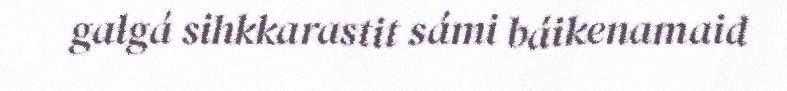
galgá sihkkarastit sámi báikenamaid